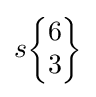
s{\begin{Bmatrix}6\\3\end{Bmatrix}}